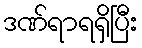
ဒဏ်ရာရရှိပြီး